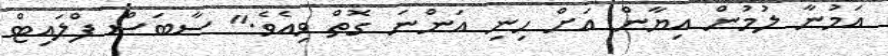
އަމުނާ ލުމުން އިޔާން އަށް ހިނި އަންނަ ގޮތް ވިއެވެ." ސާބަސް ފްލައިޓް